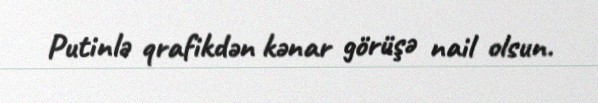
Putinlə qrafikdən kənar görüşə nail olsun.